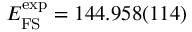
E _ { \mathrm { F S } } ^ { \mathrm { e x p } } = 1 4 4 . 9 5 8 ( 1 1 4 )